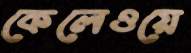
কেলেওয়ে